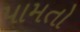
પામતો